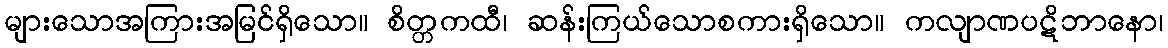
များသောအကြားအမြင်ရှိသော။ စိတ္တကထီ၊ ဆန်းကြယ်သောစကားရှိသော။ ကလျာဏပဋိဘာနော၊